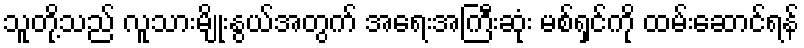
သူတို့သည် လူသားမျိုးနွယ်အတွက် အရေးအကြီးဆုံး မစ်ရှင်ကို ထမ်းဆောင်ရန်